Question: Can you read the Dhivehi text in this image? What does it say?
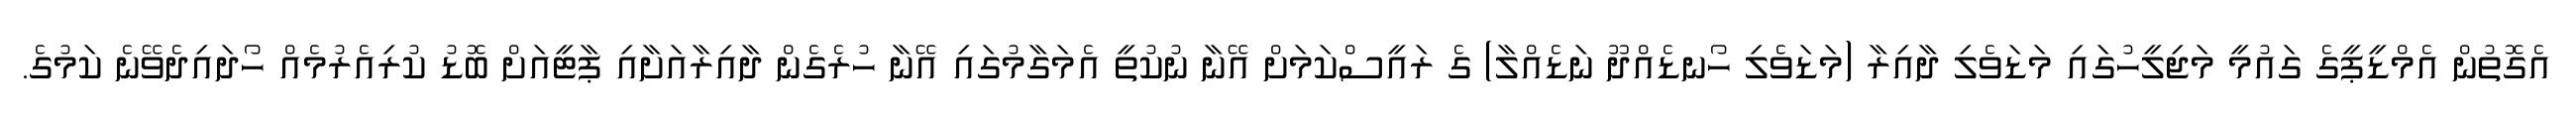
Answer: އެގޮތުން އެމްޑީޕީގެ ގައުމީ މަޖިލީހުގައި މަޑަވެލި ދާއިރާ (މަޑަވެލި ހޯނޑެއްދޫ ނަޑެއްލާ) ގެ ރައީސްކަމަށް އޭނާ ނުކުތީ އެމަގާމުގައި އޭނާ ހުރެގެން ދާއިރާއަށާއި ޕާޓީއަށް ބޮޑު ކުރިއެރުމެއް ހޯދައިދެވޭނެ ކަމުގެ.